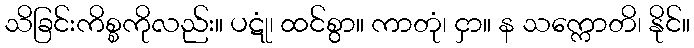
သိခြင်းကိစ္စကိုလည်း။ ပဋုံ၊ ထင်စွာ။ ကာတုံ၊ ငှာ။ န သက္ကောတိ၊ နိုင်။